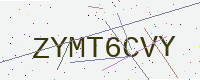
Text: ZYMT6CVY